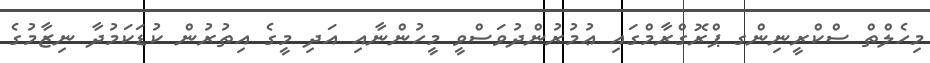
މިހެލްތް ސްކްރީނިންގ ޕްރޮގްރާމްގައި ޢުމުރުންދުވަސްވީ މީހުންނާއި އަދި މީގެ އިތުރުން ކުޑަކަމުދާ ނިޒާމުގެ